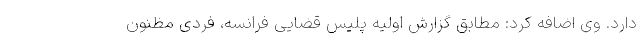
دارد. وی اضافه کرد: مطابق گزارش اولیه پلیس قضایی فرانسه، فردی مظنون